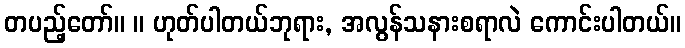
တပည့်တော်။ ။ ဟုတ်ပါတယ်ဘုရား, အလွန်သနားစရာလဲ ကောင်းပါတယ်။